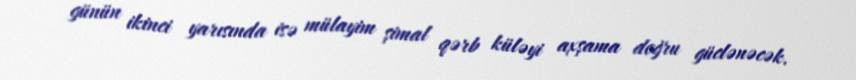
günün ikinci yarısında isə mülayim şimal qərb küləyi axşama doğru güclənəcək.